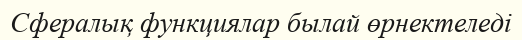
Сфералық функциялар былай өрнектеледі